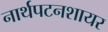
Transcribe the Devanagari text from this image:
नार्थपटनशायर